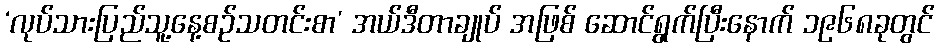
‘လုပ်သားပြည်သူ့နေ့စဉ်သတင်းစာ’ အယ်ဒီတာချုပ် အဖြစ် ဆောင်ရွက်ပြီးနောက် ၁၉၆၈ခုတွင်